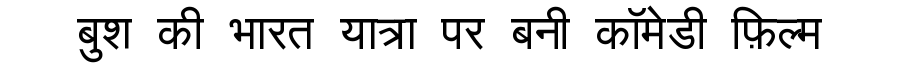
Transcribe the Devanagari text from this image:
बुश की भारत यात्रा पर बनी कॉमेडी फ़िल्म